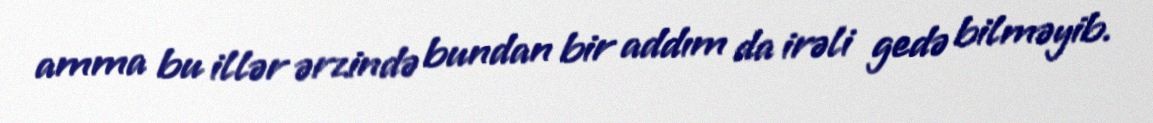
amma bu illər ərzində bundan bir addım da irəli gedə bilməyib.